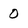
Character: 0